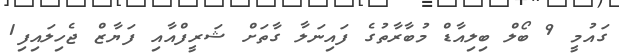
ގައުމީ 9 ބޯލް ބިލިއާޑް މުބާރާތުގެ ފައިނަލާ ގާތަށް ޝަރީފްއާއި ފަޔާޒް ޖެހިލައިފި1